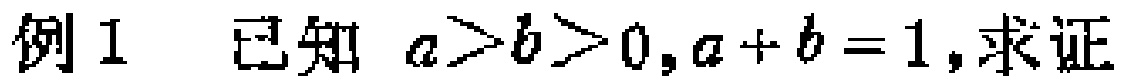
例1 已知 \(a > b > 0,a + b = 1\),求证